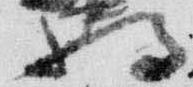
将